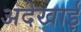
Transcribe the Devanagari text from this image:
अदेखाई